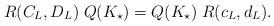
LaTeX: \begin{align*}R(C_{L},D_{L})\;Q(K_{\star})= Q(K_{\star})\;R(c_{L},d_{L}).\end{align*}